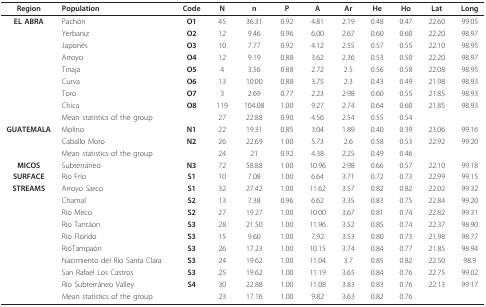
<table><thead><tr><td><b>Region</b></td><td><b>Population</b></td><td><b>Code</b></td><td><b>N</b></td><td><b>n</b></td><td><b>P</b></td><td><b>A</b></td><td><b>Ar</b></td><td><b>He</b></td><td><b>Ho</b></td><td><b>Lat</b></td><td><b>Long</b></td></tr></thead><tbody><tr><td><b>EL ABRA</b></td><td>Pachón</td><td><b>O1</b></td><td>45</td><td>36.31</td><td>0.92</td><td>4.81</td><td>2.19</td><td>0.48</td><td>0.47</td><td>22.60</td><td>99.05</td></tr><tr><td></td><td>Yerbaniz</td><td><b>O2</b></td><td>12</td><td>9.46</td><td>0.96</td><td>6.00</td><td>2.67</td><td>0.60</td><td>0.60</td><td>22.20</td><td>98.97</td></tr><tr><td></td><td>Japonés</td><td><b>O3</b></td><td>10</td><td>7.77</td><td>0.92</td><td>4.12</td><td>2.55</td><td>0.57</td><td>0.55</td><td>22.10</td><td>98.95</td></tr><tr><td></td><td>Arroyo</td><td><b>O4</b></td><td>12</td><td>9.19</td><td>0.88</td><td>3.62</td><td>2.36</td><td>0.53</td><td>0.50</td><td>22.20</td><td>98.97</td></tr><tr><td></td><td>Tinaja</td><td><b>O5</b></td><td>4</td><td>3.56</td><td>0.88</td><td>2.72</td><td>2.5</td><td>0.56</td><td>0.58</td><td>22.08</td><td>98.95</td></tr><tr><td></td><td>Curva</td><td><b>O6</b></td><td>13</td><td>10.00</td><td>0.88</td><td>3.75</td><td>2.3</td><td>0.43</td><td>0.49</td><td>21.98</td><td>98.93</td></tr><tr><td></td><td>Toro</td><td><b>O7</b></td><td>3</td><td>2.69</td><td>0.77</td><td>2.23</td><td>2.98</td><td>0.60</td><td>0.55</td><td>21.85</td><td>98.93</td></tr><tr><td></td><td>Chica</td><td><b>O8</b></td><td>119</td><td>104.08</td><td>1.00</td><td>9.27</td><td>2.74</td><td>0.64</td><td>0.60</td><td>21.85</td><td>98.93</td></tr><tr><td></td><td colspan="2">Mean statistics of the group</td><td>27</td><td>22.88</td><td>0.90</td><td>4.56</td><td>2.54</td><td>0.55</td><td>0.54</td><td></td><td></td></tr><tr><td><b>GUATEMALA</b></td><td>Molino</td><td><b>N1</b></td><td>22</td><td>19.31</td><td>0.85</td><td>3.04</td><td>1.89</td><td>0.40</td><td>0.39</td><td>23.06</td><td>99.16</td></tr><tr><td></td><td>Caballo Moro</td><td><b>N2</b></td><td>26</td><td>22.69</td><td>1.00</td><td>5.73</td><td>2.6</td><td>0.58</td><td>0.53</td><td>22.92</td><td>99.20</td></tr><tr><td></td><td colspan="2">Mean statistics of the group</td><td>24</td><td>21</td><td>0.92</td><td>4.38</td><td>2.25</td><td>0.49</td><td>0.46</td><td></td><td></td></tr><tr><td><b>MICOS</b></td><td>Subterráneo</td><td><b>N3</b></td><td>72</td><td>58.88</td><td>1.00</td><td>10.96</td><td>2.98</td><td>0.66</td><td>0.57</td><td>22.10</td><td>99.18</td></tr><tr><td><b>SURFACE</b></td><td>Río Frío</td><td><b>S1</b></td><td>10</td><td>7.08</td><td>1.00</td><td>6.64</td><td>3.71</td><td>0.72</td><td>0.73</td><td>22.99</td><td>99.15</td></tr><tr><td><b>STREAMS</b></td><td>Arroyo Sarco</td><td><b>S1</b></td><td>32</td><td>27.42</td><td>1.00</td><td>11.62</td><td>3.57</td><td>0.82</td><td>0.82</td><td>22.02</td><td>99.32</td></tr><tr><td></td><td>Chamal</td><td><b>S2</b></td><td>13</td><td>7.38</td><td>0.96</td><td>6.62</td><td>3.35</td><td>0.83</td><td>0.75</td><td>22.84</td><td>99.20</td></tr><tr><td></td><td>Río Meco</td><td><b>S2</b></td><td>27</td><td>19.27</td><td>1.00</td><td>10.00</td><td>3.67</td><td>0.81</td><td>0.74</td><td>22.82</td><td>99.31</td></tr><tr><td></td><td>Río Tantáon</td><td><b>S3</b></td><td>28</td><td>21.50</td><td>1.00</td><td>11.96</td><td>3.52</td><td>0.85</td><td>0.74</td><td>22.37</td><td>98.90</td></tr><tr><td></td><td>Río Florído</td><td><b>S3</b></td><td>15</td><td>9.60</td><td>1.00</td><td>7.92</td><td>3.53</td><td>0.80</td><td>0.73</td><td>21.98</td><td>98.77</td></tr><tr><td></td><td>RióTampaón</td><td><b>S3</b></td><td>26</td><td>17.23</td><td>1.00</td><td>10.15</td><td>3.74</td><td>0.84</td><td>0.77</td><td>21.85</td><td>98.94</td></tr><tr><td></td><td>Nacimiento del Río Santa Clara</td><td><b>S3</b></td><td>24</td><td>19.62</td><td>1.00</td><td>11.04</td><td>3.7</td><td>0.85</td><td>0.82</td><td>22.50</td><td>98.9</td></tr><tr><td></td><td>San Rafael Los Castros</td><td><b>S3</b></td><td>25</td><td>19.62</td><td>1.00</td><td>11.19</td><td>3.65</td><td>0.84</td><td>0.76</td><td>22.75</td><td>99.02</td></tr><tr><td></td><td>Rio Subterráneo Valley</td><td><b>S4</b></td><td>30</td><td>22.88</td><td>1.00</td><td>11.08</td><td>3.83</td><td>0.83</td><td>0.76</td><td>22.13</td><td>99.17</td></tr><tr><td></td><td colspan="2">Mean statistics of the group</td><td>23</td><td>17.16</td><td>1.00</td><td>9.82</td><td>3.63</td><td>0.82</td><td>0.76</td><td></td><td></td></tr></tbody></table>